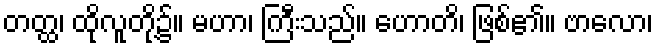
တတ္ထ၊ ထိုလူတို့၌။ မဟာ၊ ကြီးသည်။ ဟောတိ၊ ဖြစ်၏။ ဗာလော၊